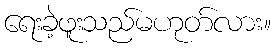
ရေးခဲ့ဖူးသည်မဟုတ်လား။